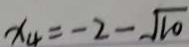
x _ { 4 } = - 2 - \sqrt { 1 0 }